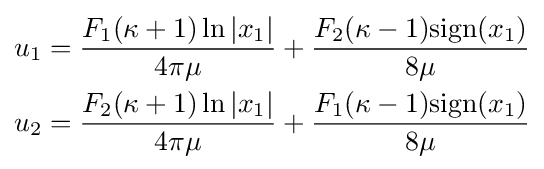
{\begin{aligned}u_{1}&={\frac {F_{1}(\kappa +1)\ln |x_{1}|}{4\pi \mu }}+{\frac {F_{2}(\kappa -1){\text{sign}}(x_{1})}{8\mu }}\\u_{2}&={\frac {F_{2}(\kappa +1)\ln |x_{1}|}{4\pi \mu }}+{\frac {F_{1}(\kappa -1){\text{sign}}(x_{1})}{8\mu }}\end{aligned}}